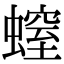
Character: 螲